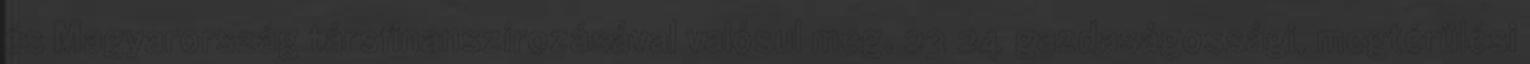
és Magyarország társfinanszírozásával valósul meg. 23 24 gazdaságossági, megtérülési